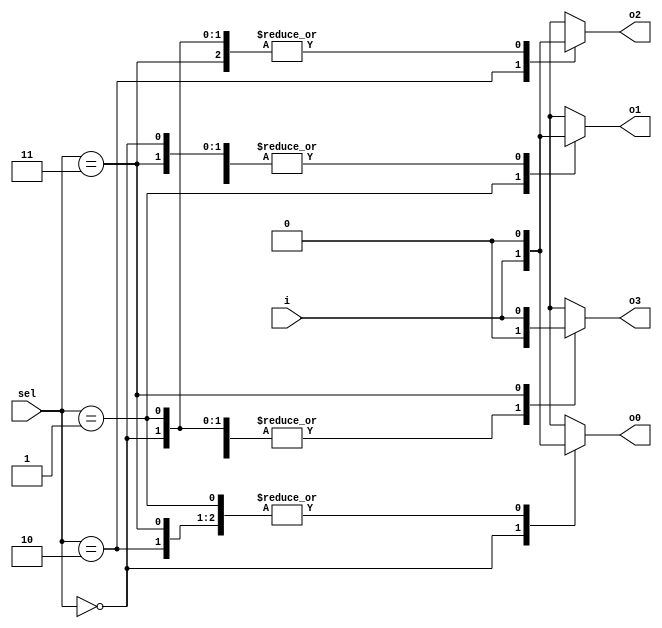
module pes_1_4_demux (output o0 , output o1, output o2 , output o3, input [1:0] sel  , input i);
reg [3:0]y_int;
assign {o3,o2,o1,o0} = y_int;
integer k;
always @ (*)
begin
y_int = 4'b0;
	case(sel)
		3'b00 : y_int[0] = i;
		3'b01 : y_int[1] = i;
		3'b10 : y_int[2] = i;
		3'b11 : y_int[3] = i;
	endcase

end
endmodule